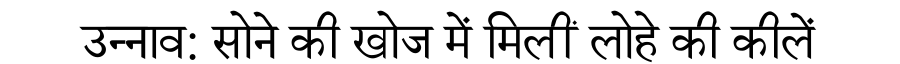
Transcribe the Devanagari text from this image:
उन्नाव: सोने की खोज में मिलीं लोहे की कीलें